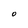
Character: O